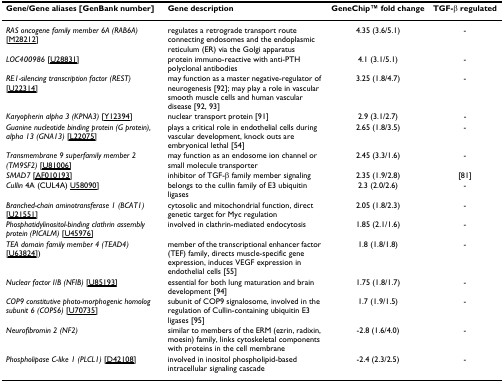
<table><thead><tr><td><b>Gene/Gene aliases [GenBank number]</b></td><td><b>Gene description</b></td><td><b>GeneChipTM fold change</b></td><td><b>TGF-β regulated</b></td></tr></thead><tbody><tr><td><i>RAS oncogene family member 6A (RAB6A) </i>[M28212]</td><td>regulates a retrograde transport route connecting endosomes and the endoplasmic reticulum (ER) via the Golgi apparatus</td><td>4.35 (3.6/5.1)</td><td>-</td></tr><tr><td><i>LOC400986 </i>[U28831]</td><td>protein immuno-reactive with anti-PTH polyclonal antibodies</td><td>4.1 (3.1/5.1)</td><td>-</td></tr><tr><td><i>RE1-silencing transcription factor (REST) </i>[U22314]</td><td>may function as a master negative-regulator of neurogenesis [92]; may play a role in vascular smooth muscle cells and human vascular disease [92, 93]</td><td>3.25 (1.8/4.7)</td><td>-</td></tr><tr><td><i>Karyopherin alpha 3 (KPNA3) </i>[Y12394]</td><td>nuclear transport protein [91]</td><td>2.9 (3.1/2.7)</td><td>-</td></tr><tr><td><i>Guanine nucleotide binding protein (G protein), alpha 13 (GNA13) </i>[L22075]</td><td>plays a critical role in endothelial cells during vascular development, knock outs are embryonical lethal [54]</td><td>2.65 (1.8/3.5)</td><td>-</td></tr><tr><td><i>Transmembrane 9 superfamily member 2 (TM9SF2) </i>[U81006]</td><td>may function as an endosome ion channel or small molecule transporter</td><td>2.45 (3.3/1.6)</td><td>-</td></tr><tr><td><i>SMAD7 </i>[AF010193]</td><td>inhibitor of TGF-β family member signaling</td><td>2.35 (1.9/2.8)</td><td>[81]</td></tr><tr><td><i>Cullin </i>4A (CUL4A) U58090]</td><td>belongs to the cullin family of E3 ubiquitin ligases</td><td>2.3 (2.0/2.6)</td><td>-</td></tr><tr><td><i>Branched-chain aminotransferase 1 (BCAT1) </i>[U21551]</td><td>cytosolic and mitochondrial function, direct genetic target for Myc regulation</td><td>2.05 (1.8/2.3)</td><td>-</td></tr><tr><td><i>Phosphatidylinositol-binding clathrin assembly protein (PICALM) </i>[U45976]</td><td>involved in clathrin-mediated endocytosis</td><td>1.85 (2.1/1.6)</td><td>-</td></tr><tr><td><i>TEA domain family member 4 (TEAD4) </i>[U63824])</td><td>member of the transcriptional enhancer factor (TEF) family, directs muscle-specific gene expression, induces VEGF expression in endothelial cells [55]</td><td>1.8 (1.8/1.8)</td><td>-</td></tr><tr><td><i>Nuclear factor I/B (NFIB) </i>[U85193]</td><td>essential for both lung maturation and brain development [94]</td><td>1.75 (1.8/1.7)</td><td>-</td></tr><tr><td><i>COP9 constitutive photo-morphogenic homolog subunit 6 (COPS6) </i>[U70735]</td><td>subunit of COP9 signalosome, involved in the regulation of Cullin-containing ubiquitin E3 ligases [95]</td><td>1.7 (1.9/1.5)</td><td>-</td></tr><tr><td><i>Neurofibromin 2 (NF2)</i></td><td>similar to members of the ERM (ezrin, radixin, moesin) family, links cytoskeletal components with proteins in the cell membrane</td><td>-2.8 (1.6/4.0)</td><td>-</td></tr><tr><td><i>Phospholipase C-like 1 (PLCL1) </i>[D42108]</td><td>involved in inositol phospholipid-based intracellular signaling cascade</td><td>-2.4 (2.3/2.5)</td><td>-</td></tr></tbody></table>